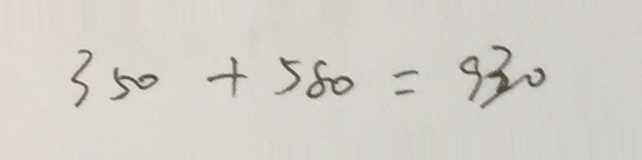
3 5 0 + 5 8 0 = 9 3 0